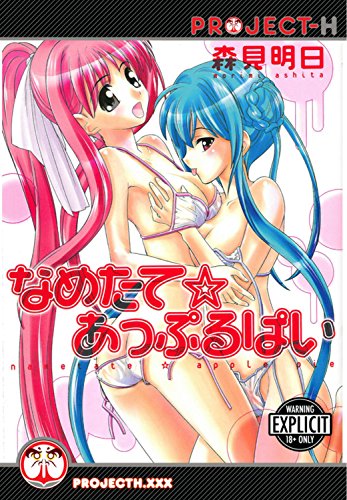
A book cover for Freshly Licked (Hentai Manga); Ashita Morimi; Comics & Graphic Novels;